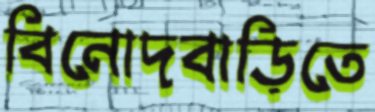
বিনোদবাড়িতে